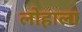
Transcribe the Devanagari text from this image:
लोहाला